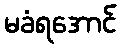
မခံရအောင်